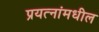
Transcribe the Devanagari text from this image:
प्रयत्‍नांमधील